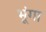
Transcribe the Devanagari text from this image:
भूंगा